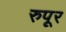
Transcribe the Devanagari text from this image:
रुपूर